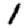
Digit: 1